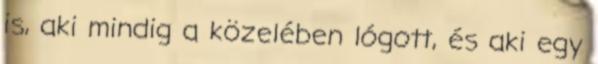
is, aki mindig a közelében lógott, és aki egy